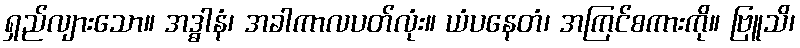
ရှည်လျားသော။ အဒ္ဓါနံ၊ အခါကာလပတ်လုံး။ ယံပနေတံ၊ အကြင်စကားကို။ ဗြူသိ၊